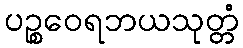
ပဉ္စဝေရဘယသုတ္တံ